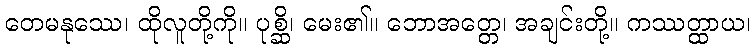
တေမနုဿေ၊ ထိုလူတို့ကို။ ပုစ္ဆိ၊ မေး၏။ ဘောအတ္တေ၊ အချင်းတို့။ ကဿတ္ထာယ၊